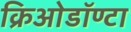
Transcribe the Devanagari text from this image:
क्रिओडॉण्टा